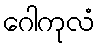
ဂေါကုလံ